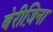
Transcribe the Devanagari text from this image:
बेरीज़िना